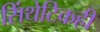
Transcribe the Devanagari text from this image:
सिंथेटिकही